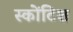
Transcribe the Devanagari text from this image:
स्कोंटिश